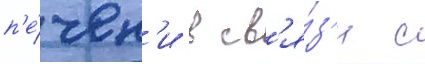
п'е́чен'и в св'я́з'и с